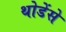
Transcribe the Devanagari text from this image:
थोडेंसे